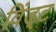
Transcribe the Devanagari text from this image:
विंड्ट